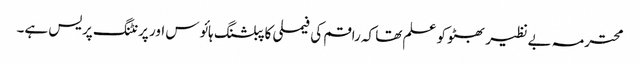
محترمہ بے نظیر بھٹو کو علم تھا کہ راقم کی فیملی کا پبلشنگ ہائوس اور پرنٹنگ پریس ہے۔